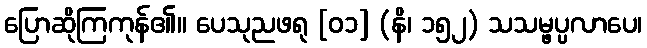
ပြောဆိုကြကုန်၏။ ပေသုညဖရု [၀၁] (နိ၊ ၁၅၂) သသမ္ဖပ္ပလာပေ၊